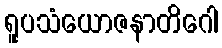
ရူပသံယောဇနာတိဂေါ